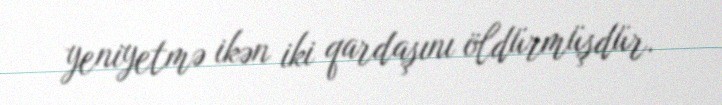
yeniyetmə ikən iki qardaşını öldürmüşdür.